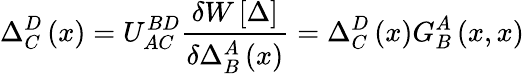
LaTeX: \Delta_{C}^{D}\left(x\right)=U_{AC}^{BD}\frac{\delta W\left[\Delta\right]}{\delta\Delta_{B}^{A}\left(x\right)}=\Delta_{C}^{D}\left(x\right)G_{B}^{A}\left(x,x\right)